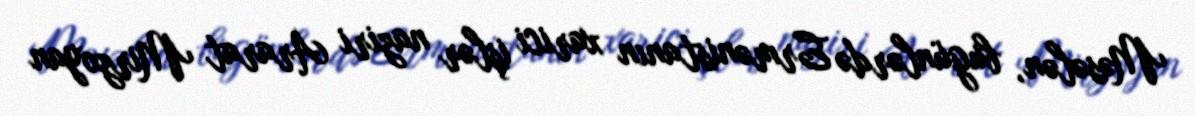
Məsələn, bugünlərdə Ermənistanın xarici işlər naziri Ararat Mirzoyan